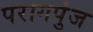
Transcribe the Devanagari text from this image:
परागपुंज